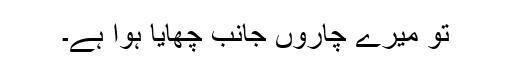
تُو میرے چاروں جانب چھایا ہوُا ہے۔